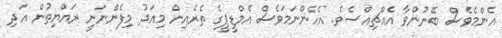
އެންމެވެސް ބޭނުންވާ އެއްޗިއްސެވެ. އެހެންނަމަވެސް އެމްޑީޕީގެ ތެރެއިން މިއަދު މިފެންނަނީ ރައްޔިތުން އަދި